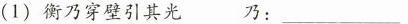
(1)衡乃穿壁引其光 乃：___